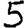
Digit: 5